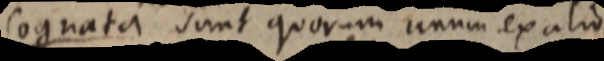
Cognata sunt quorum unum exalio